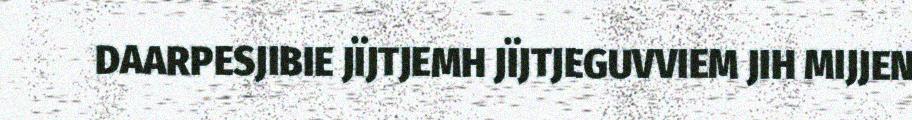
DAARPESJIBIE JÏJTJEMH JÏJTJEGUVVIEM JIH MIJJEN